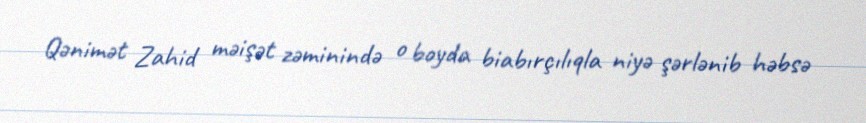
Qənimət Zahid məişət zəminində o boyda biabırçılıqla niyə şərlənib həbsə